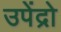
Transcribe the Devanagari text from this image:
उपेंद्रो